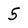
Character: 5